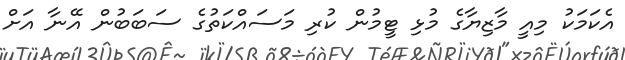
އެކަމަކު މިއީ މާޒިޔާގެ މުޅި ޓީމުން ކުރި މަސައްކަތުގެ ސަބަބުން އޭނާ އަށް